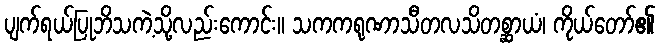
ပျက်ရယ်ပြုဘိသကဲ့သို့လည်းကောင်း။ သကကရုဏာသီတလသိတစ္ဆာယံ၊ ကိုယ်တော်၏